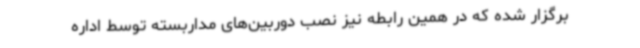
برگزار شده که در همین رابطه نیز نصب دوربین‌های مداربسته توسط اداره